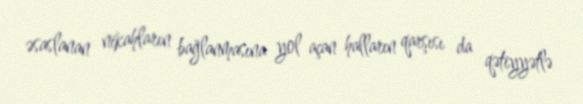
əsaslanan nikahların bağlanmasına yol açan halların qarşısı da qətiyyətlə